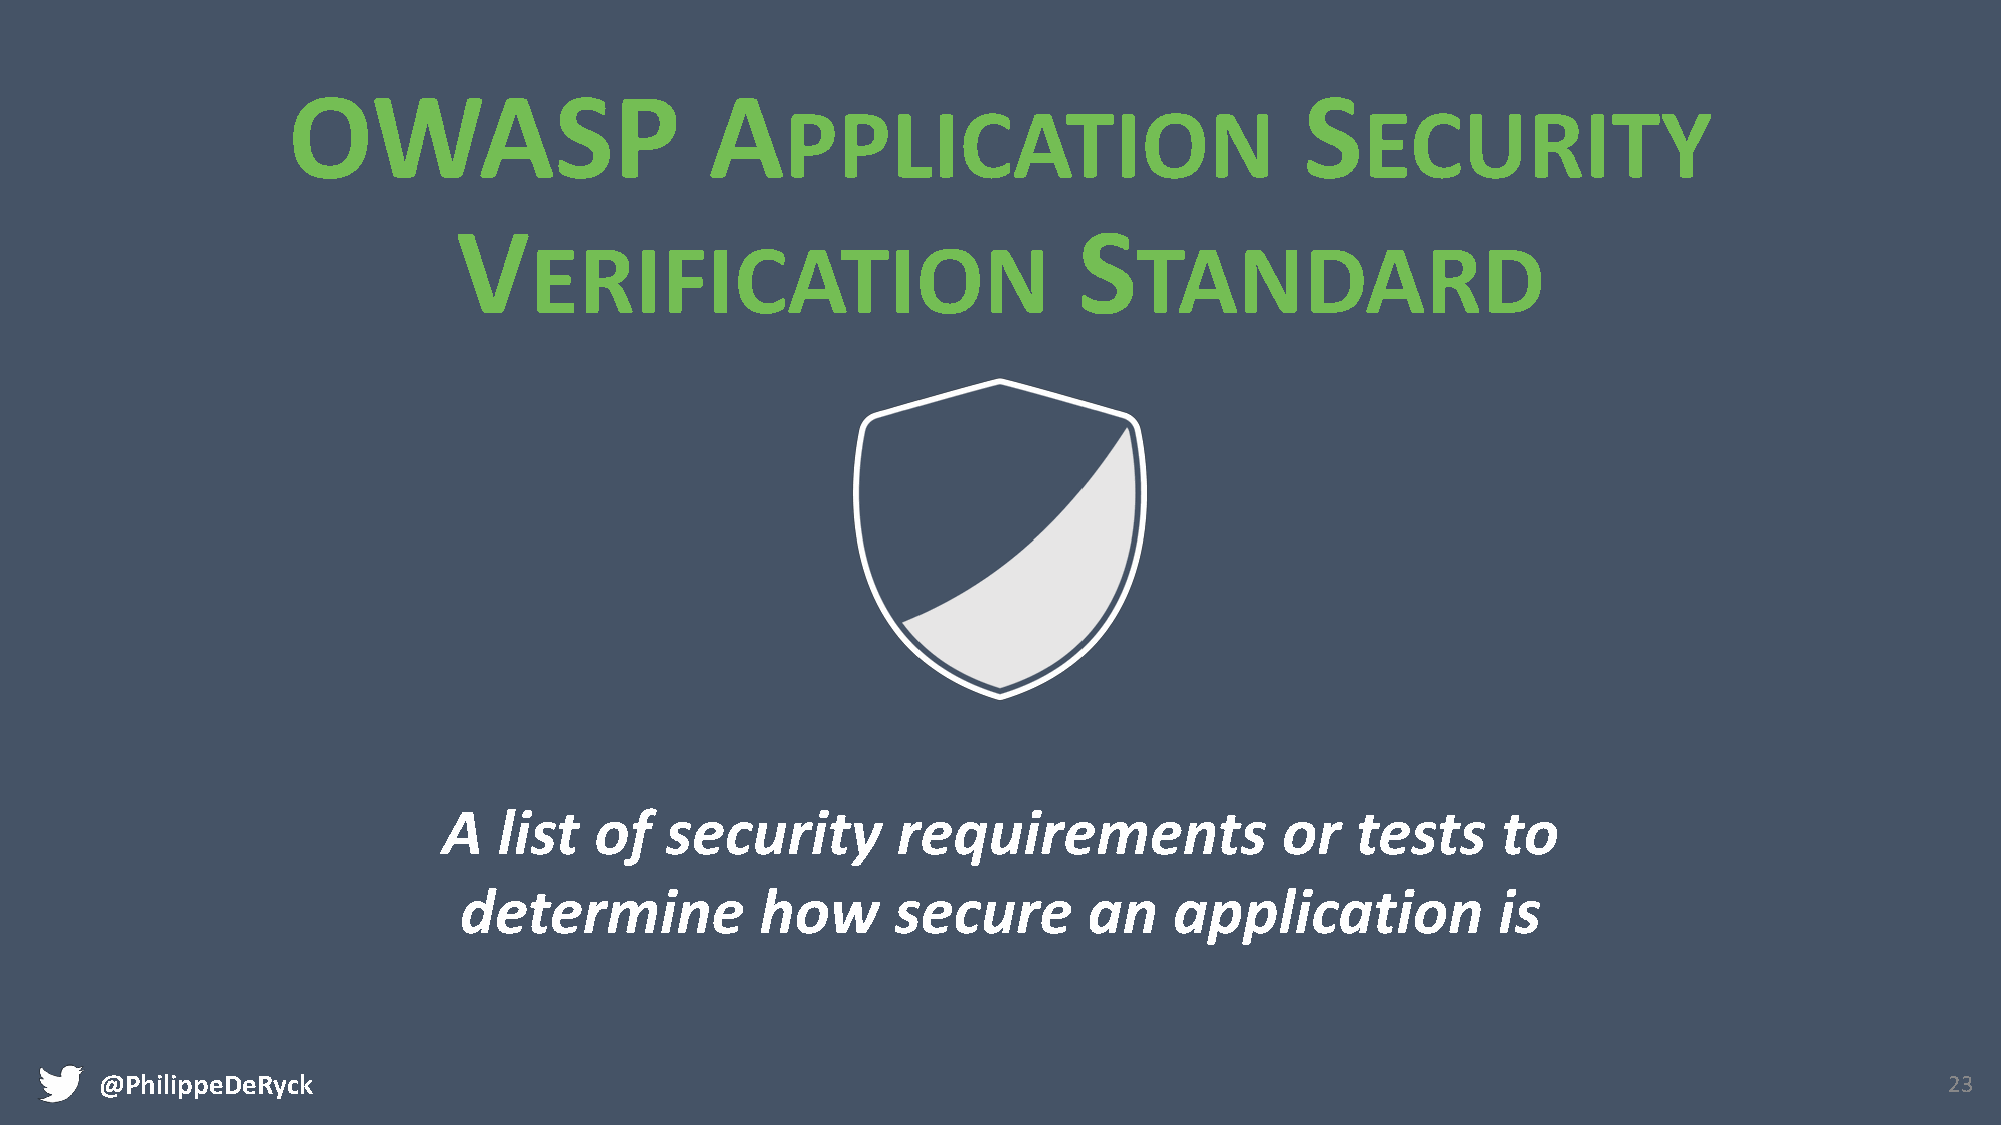
OWASP                       A                                      S
 PPLICATION                            ECURITY
 V                                        S
 ERIFICATION                             TANDARD
 A   list  of   security       requirements              or   tests    to
 determine           how      secure       an    application          is
 @PhilippeDeRyck                                                                                                           23